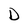
Character: D